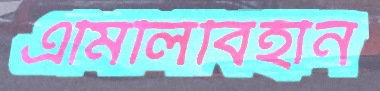
এমিলিবিহীন